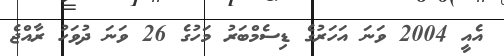
އެއީ 2004 ވަނަ އަހަރުގެ ޑިސެމްބަރު މަހުގެ 26 ވަނަ ދުވަހު ރާއްޖެ